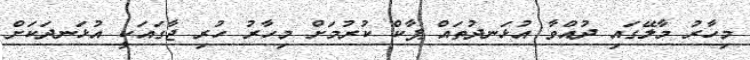
މިހާރު މާލޭގައި ދުއްވާ އުޅަނދުތައް ޕާކް ކުރުމަށް މިހާރު ހުރި ޖާގައަކީ އުޅަނދަކަށް